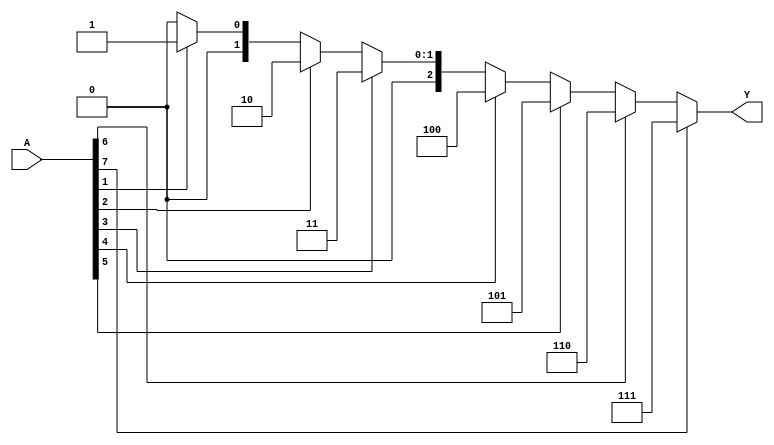
module octal_to_binary_encoder (
    input  [7:0] A,  // Octal input
    output reg [2:0] Y // Binary output
);

always @(*) begin
    // Default output (no active input case)
    Y = 3'b000;

    // Check for the active inputs from highest to lowest
    if (A[7]) begin
        Y = 3'b111; // 7
    end else if (A[6]) begin
        Y = 3'b110; // 6
    end else if (A[5]) begin
        Y = 3'b101; // 5
    end else if (A[4]) begin
        Y = 3'b100; // 4
    end else if (A[3]) begin
        Y = 3'b011; // 3
    end else if (A[2]) begin
        Y = 3'b010; // 2
    end else if (A[1]) begin
        Y = 3'b001; // 1
    end else if (A[0]) begin
        Y = 3'b000; // 0 (remains default)
    end
    // If no bit is high, Y will remain 3'b000
end

endmodule